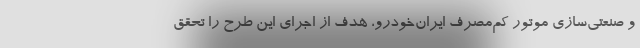
و صنعتی‌سازی موتور کم‌مصرف ایران‌خودرو، هدف از اجرای این طرح را تحقق